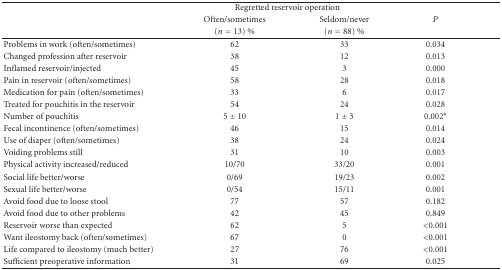
|  | <COLSPAN=2> Regretted reservoir operation |  |
 |  | Often/sometimes | Seldom/never | P |
 |  | (n = 13) % | (n = 88) % |  |
 | --- | --- | --- | --- |
 | Problems in work (often/sometimes) | 62 | 33 | 0.034 |
 | Changed profession after reservoir | 38 | 12 | 0.013 |
 | Inflamed reservoir/injected | 45 | 3 | 0.000 |
 | Pain in reservoir (often/sometimes) | 58 | 28 | 0.018 |
 | Medication for pain (often/sometimes) | 33 | 6 | 0.017 |
 | Treated for pouchitis in the reservoir | 54 | 24 | 0.028 |
 | Number of pouchitis | 5 ± 10 | 1 ± 3 | 0.002# |
 | Fecal incontinence (often/sometimes) | 46 | 15 | 0.014 |
 | Use of diaper (often/sometimes) | 38 | 24 | 0.024 |
 | Voiding problems still | 31 | 10 | 0.003 |
 | Physical activity increased/reduced | 10/70 | 33/20 | 0.001 |
 | Social life better/worse | 0/69 | 19/23 | 0.002 |
 | Sexual life better/worse | 0/54 | 15/11 | 0.001 |
 | Avoid food due to loose stool | 77 | 57 | 0.182 |
 | Avoid food due to other problems | 42 | 45 | 0.849 |
 | Reservoir worse than expected | 62 | 5 | <0.001 |
 | Want ileostomy back (often/sometimes) | 67 | 0 | <0.001 |
 | Life compared to ileostomy (much better) | 27 | 76 | <0.001 |
 | Sufficient preoperative information | 31 | 69 | 0.025 |